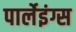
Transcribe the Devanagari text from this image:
पार्लेइंग्स